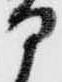
部